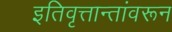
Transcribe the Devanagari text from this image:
इतिवृत्तान्तांवरून